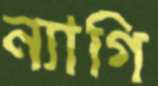
ন্যাগি